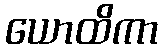
ယောထိကာ